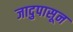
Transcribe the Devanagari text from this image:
जादुपासून